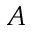
{ \cal A }